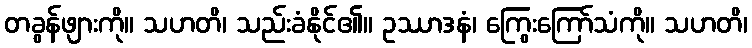
တခွန်ဖျားကို။ သဟတိ၊ သည်းခံနိုင်၏။ ဥဿာဒနံ၊ ကြွေးကြော်သံကို။ သဟတိ၊